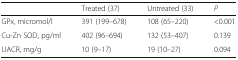
<table><thead><tr><td></td><td><b>Treated (37)</b></td><td><b>Untreated (33)</b></td><td><b><i>P</i></b></td></tr></thead><tbody><tr><td>GPx, micromol/l</td><td>391 (199–678)</td><td>108 (65–220)</td><td>&lt;0.001</td></tr><tr><td>Cu-Zn SOD, pg/ml</td><td>402 (96–694)</td><td>132 (53–407)</td><td>0.139</td></tr><tr><td>UACR, mg/g</td><td>10 (9–17)</td><td>19 (10–27)</td><td>0.094</td></tr></tbody></table>